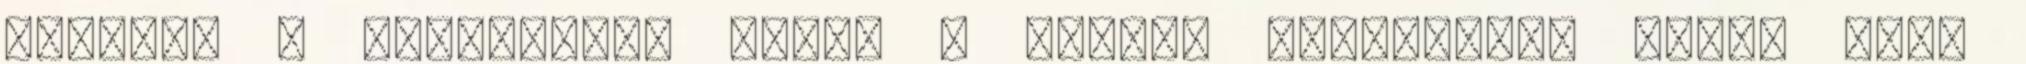
lesznek a bizalomra, mivel a fekete mágusokról eddig csak